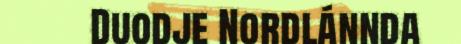
Duodje Nordlánnda